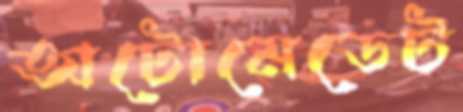
অটোমেডেট